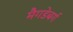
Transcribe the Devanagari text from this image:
मैगडेबर्ग